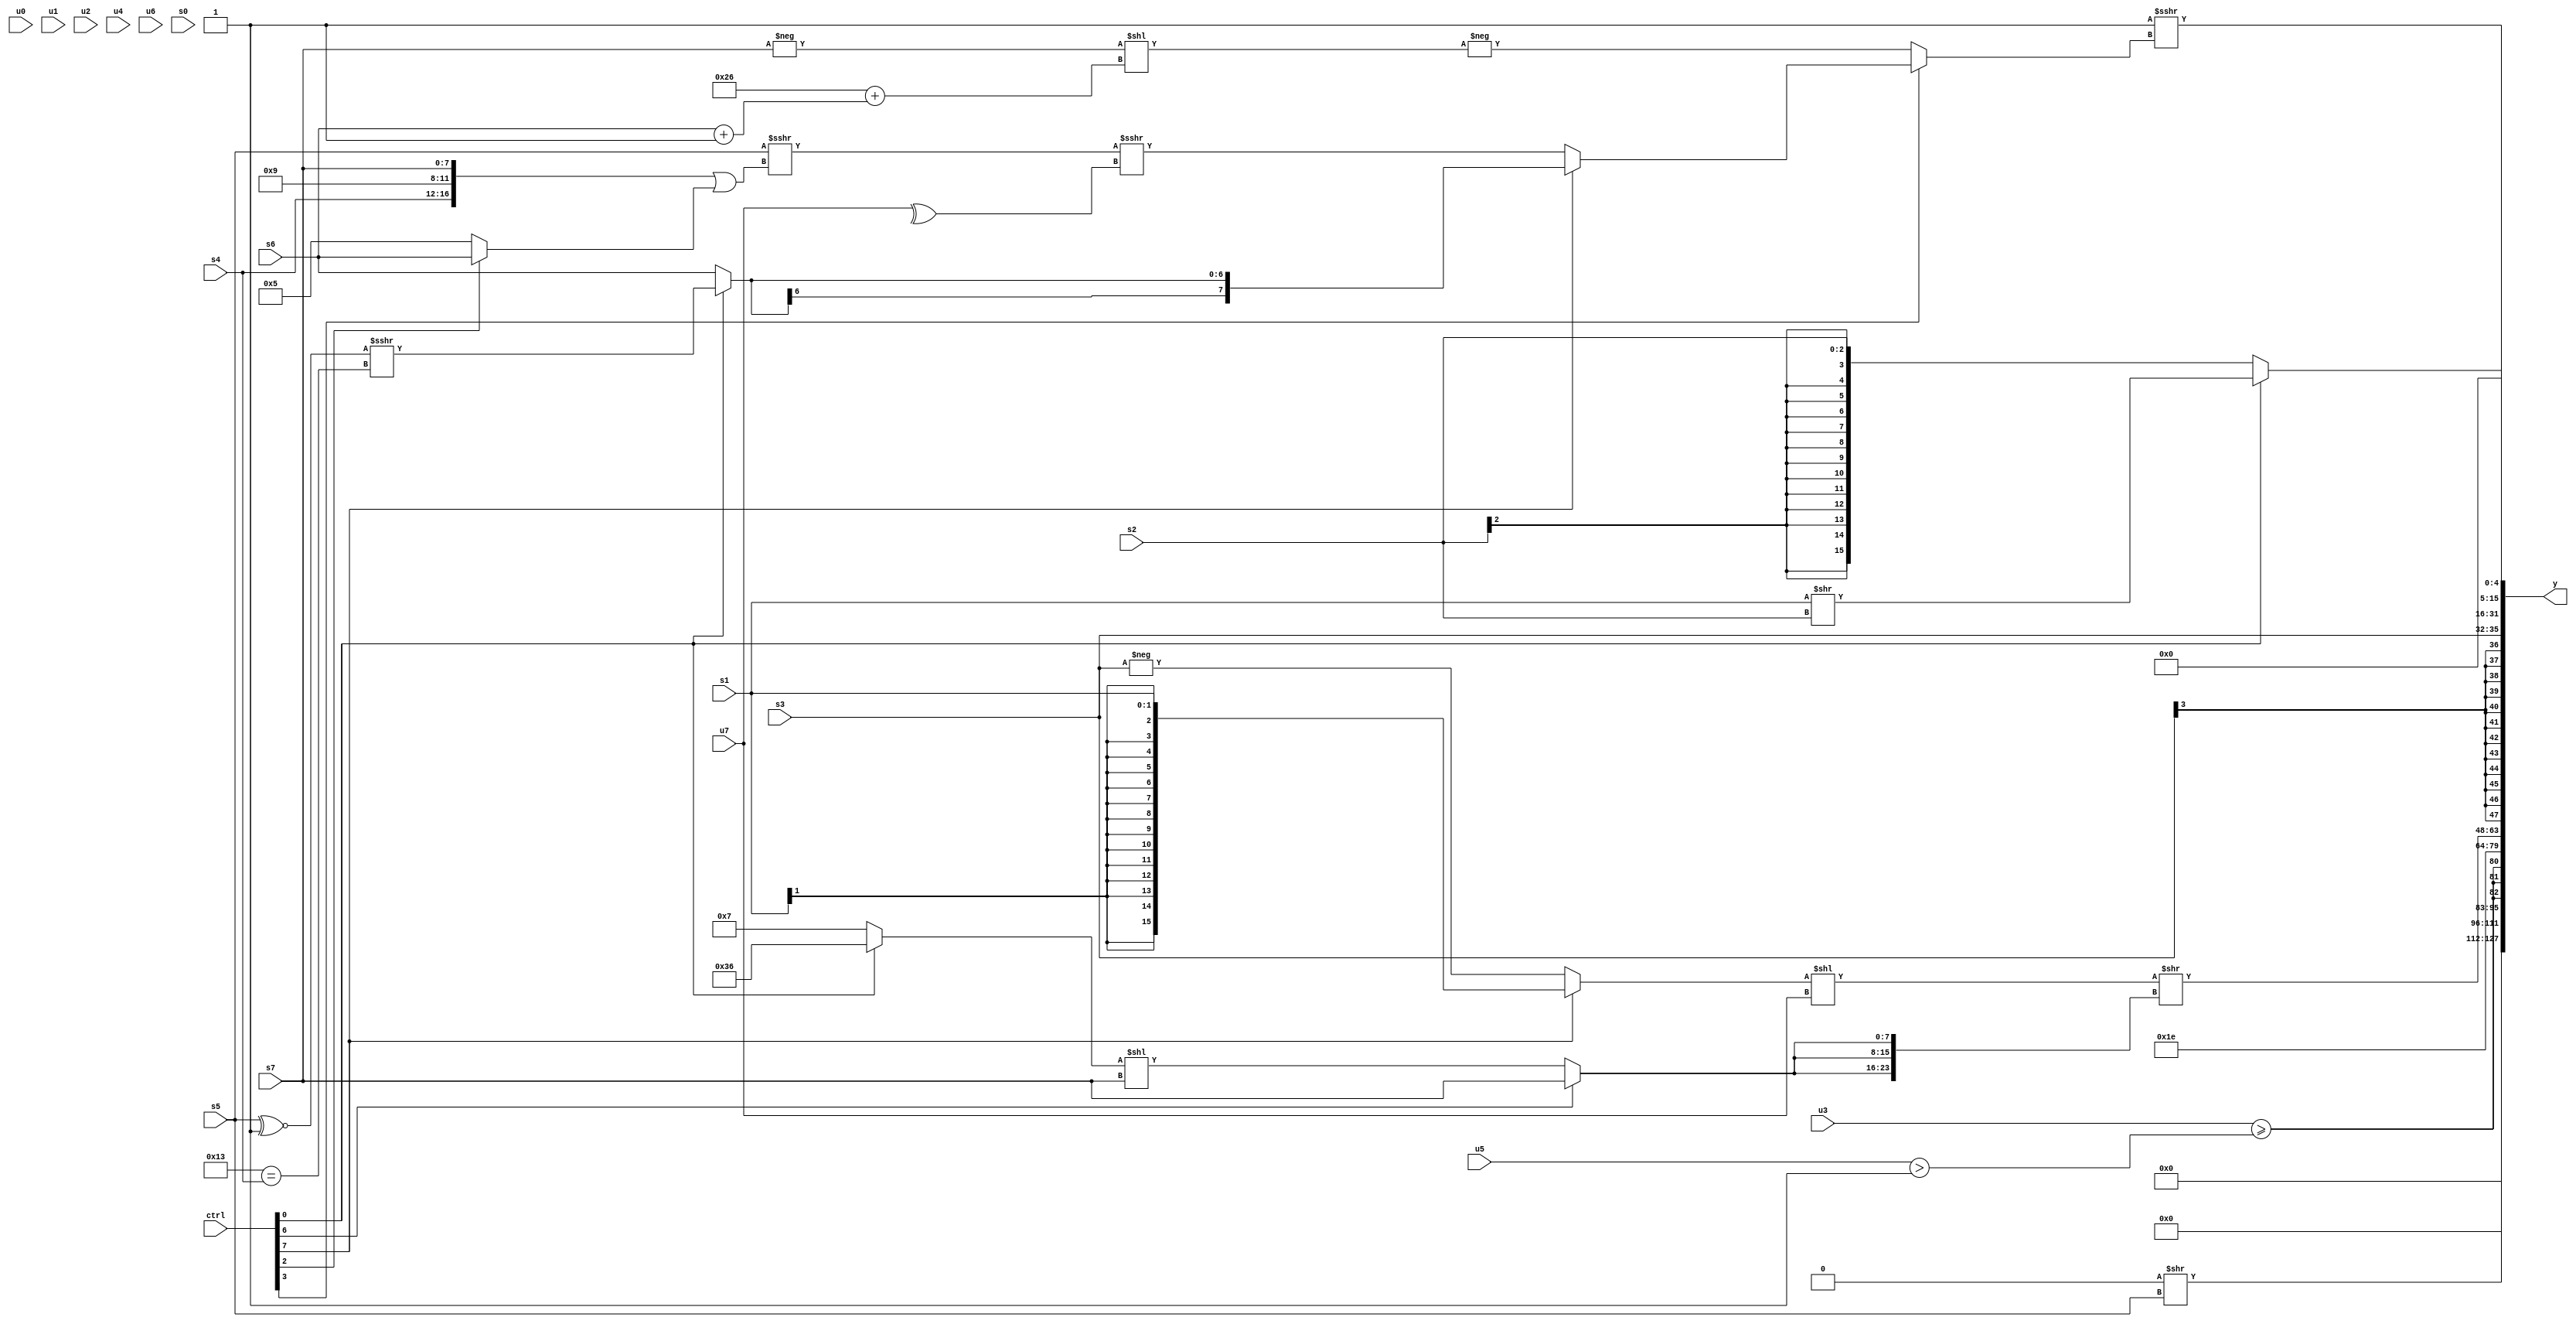
module wideexpr_00088(ctrl, u0, u1, u2, u3, u4, u5, u6, u7, s0, s1, s2, s3, s4, s5, s6, s7, y);
  input [7:0] ctrl;
  input [0:0] u0;
  input [1:0] u1;
  input [2:0] u2;
  input [3:0] u3;
  input [4:0] u4;
  input [5:0] u5;
  input [6:0] u6;
  input [7:0] u7;
  input signed [0:0] s0;
  input signed [1:0] s1;
  input signed [2:0] s2;
  input signed [3:0] s3;
  input signed [4:0] s4;
  input signed [5:0] s5;
  input signed [6:0] s6;
  input signed [7:0] s7;
  output [127:0] y;
  wire [15:0] y0;
  wire [15:0] y1;
  wire [15:0] y2;
  wire [15:0] y3;
  wire [15:0] y4;
  wire [15:0] y5;
  wire [15:0] y6;
  wire [15:0] y7;
  assign y = {y0,y1,y2,y3,y4,y5,y6,y7};
  assign y0 = 1'sb0;
  assign y1 = (2'sb00)>>(s5);
  assign y2 = {3{-(($signed((u3)>=((u5)>(1'sb1))))>>({3{$signed({4{2'sb00}})}}))}};
  assign y3 = {$unsigned(6'sb011110)};
  assign y4 = ((((ctrl[7]?s1:-(s3)))<<(u7))<<((s4)>>(4'sb0110)))>>({3{(ctrl[6]?s7:((ctrl[0]?6'sb110110:5'sb00111))<<(s7))}});
  assign y5 = s3;
  assign y6 = (ctrl[0]?(s1)>>(s2):s2);
  assign y7 = $unsigned($unsigned((5'sb11111)>>>((ctrl[3]?(ctrl[7]?$signed((ctrl[0]?((s5)^~(2'sb11))>>>((5'sb10011)==(s4)):s6)):((s5)>>>(({s4,2'sb10,2'sb01,s7})|((ctrl[2]?s6:3'b101))))>>>(^(u7))):-($signed(($signed(-(s7)))<<((6'sb100110)+((s6)+(2'sb11)))))))));
endmodule